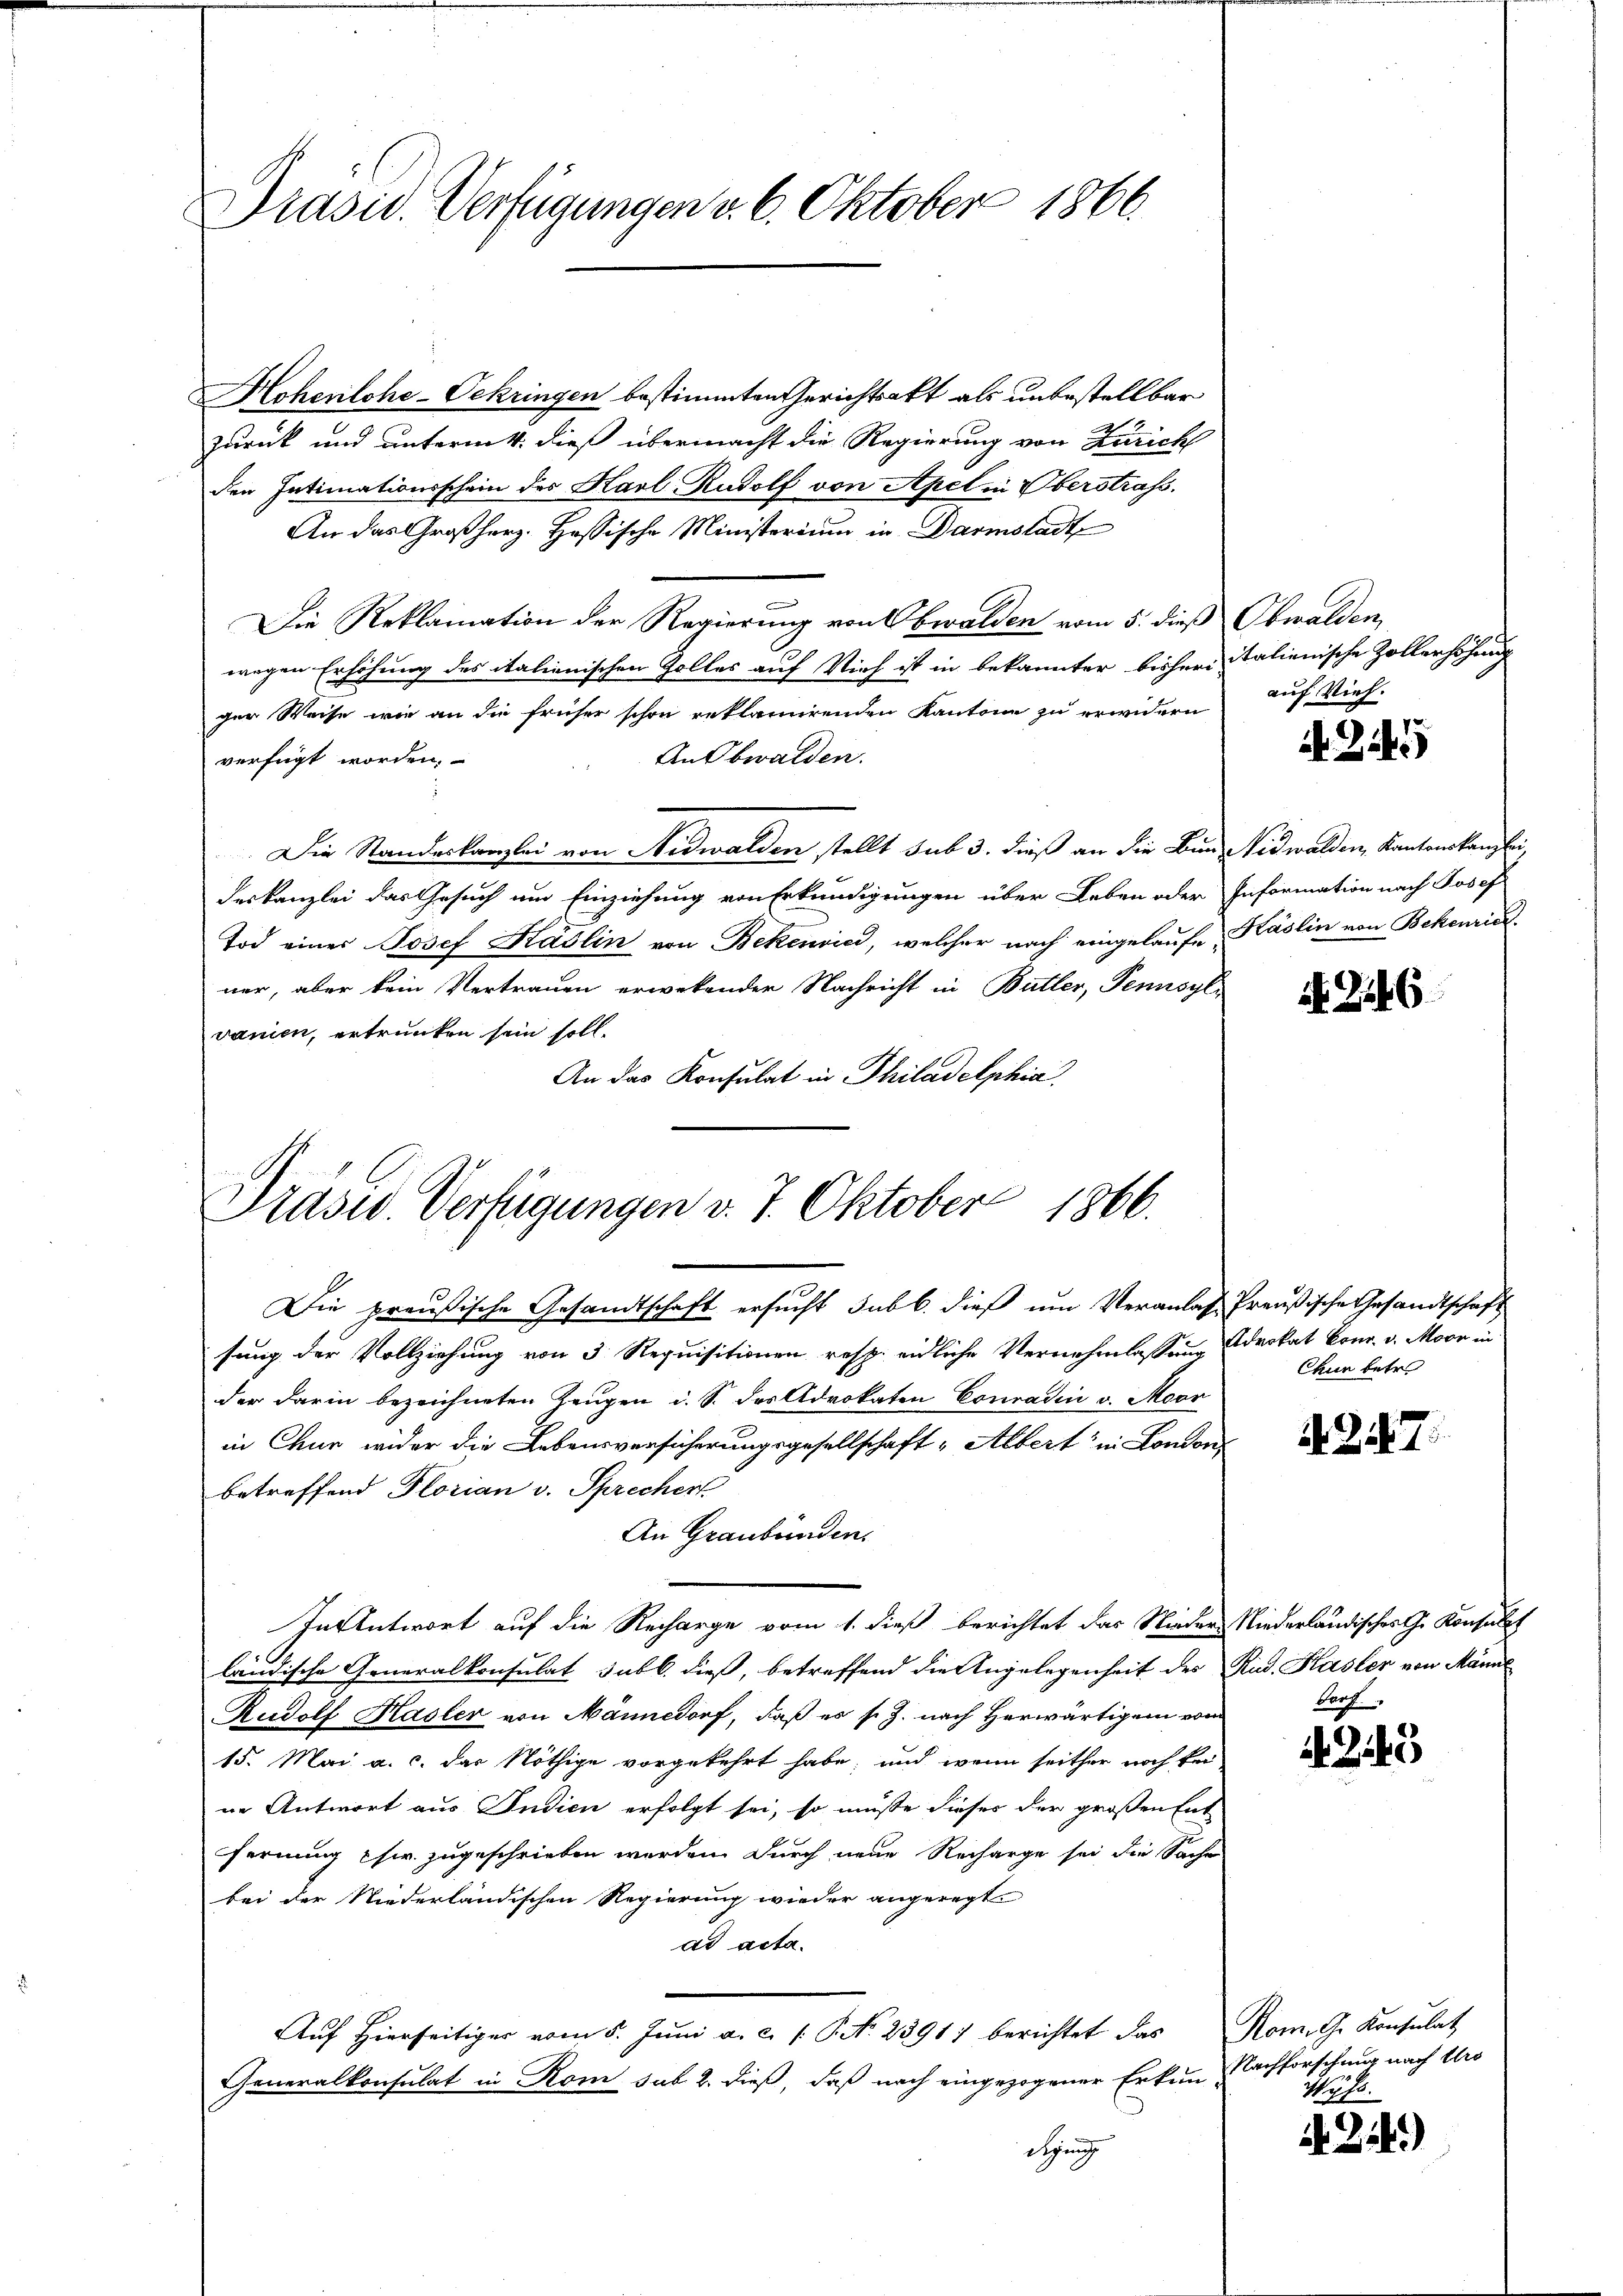
Hohenlohe-Oekringen bestimmten Gerichtsakt als unbestellbar
2
zurück und unterm 4. dieß übermacht die Regierung von Zürich
den Intimationsschein des Karl Rudolf von Apel in Überstrafs
An das Großherz. Hassische Ministerium in Darmstadt
Die Reklamation der Regierung von Obwalden vom 5. dieß Obwalden,
wegen Erhöhung des italienischen Zolles auf Vieh ist in bekannter bisheri italienische Zollerhöhung
ger Weise wie an die früher schon reklamirenden Kantone zu erwidern
An Obwalden.
verfügt worden.
Die Standeskanzlei von Nidwalden stellt sub 3. dieß an die Bund Nidwalden, Kantonskanzlei,
deskanzlei das Gesuch um Einziehung von Erkundigungen über Leben oder Information nach Josef
Tod einer Josef Kadlin von Bekenried, welcher nach eingelaufe, Käslin von Bekenric
ner, aber kein Vertrauen erwekender Nachricht in Butter, Pennsylvanien, ertrunken sein soll.
An das Konsulat in Philadelphia

Präsid. Verfügungen v. 6. Oktober 1866.

Präsid. Verfügungen v. 7. Oktober 1866.
¬

Die preußische Gesandtschaft ersucht sub b. dieß um Veranlaß Preußische Gesandtschaft
sung der Vollziehung von 3 Requisitionen resp. eidliche Vernehmlassung Advokat Conr. v. Moor in
der darin bezeichneten Zeugen d. S. des Advokaten Conradin v. Moor
in Chur wider die Lebensversicherungsgesellschaft Albert in London
betreffend Florian v. Sprecher
An Graubünden.
In Antwort auf die Recharge vom 1. dieß berichtet das Nieder Niederländisches G. Konsulat
ländische Generalkonsulat subl. dieß, betreffend die Angelegenheit des Rud. Hasler von Männl
Rudolf Hasler von Männedorf, daß es s. Z. nach Herwärtigem vom
15. Mai a. c. das Nöthige vorgekehrt habe; und wenn seither noch kei
in Antwort aus Indien erfolgt sei, so müsse dieser der großen Ent
fernung chw. zugeschrieben worden. Durch neue Recharge sei die Sache
bei der Niederländischen Regierung wieder angeregt.
ad acta.
Auf Hierseitiger vom 5. Juni a. c. (: P. No. 2391) berichtet das
Generalkonsulat in Rom sub 2. dieß, daß nach eingezogener Erkun-
digung

auf Vieh.

A Zif.

N. Z. 6

Chun betr.

N. 257.

243

Rom. G. Konsulat,
Nachforschung nach Uro
No 10.

22)